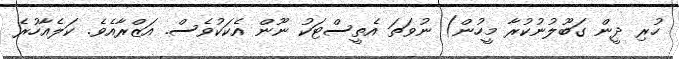
ހުރި ދީން ގަބޫލުނުކުރާ މީހުން) ނުވަތަ އެތީސްޓަކު ނޫން އެކަކުވެސް. އަޒްރާއެވެ. ކަލެއާހުރެ